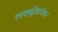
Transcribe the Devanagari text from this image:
लक्झेंबर्गवर